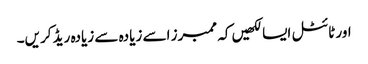
اور ٹائٹل ایسا لکھیں کہ ممبرز اسے زیادہ سے زیادہ ریڈ کریں۔